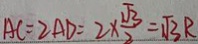
A C = 2 A D = 2 \times \frac { \sqrt { 3 } } { 2 } = \sqrt { 3 } R